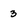
Character: 3